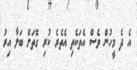
އެ ދެ މީހުން ވެސް އެތަކެތި އެތެރެ ކުރި ގޮތަށް ބަލާ އިރު